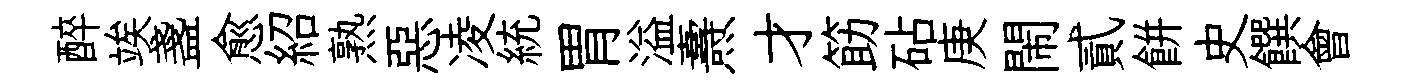
醉竢盞愈紹熟惡凌統胃溢燾才筯砧庚閙貳餅史饌會